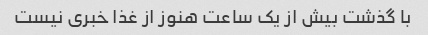
با گذشت بیش از یک ساعت هنوز از غذا خبری نیست